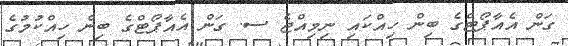
ގަން އެއާޕޯޓްގެ ބިން ހިއްކައި ނިމިއްޖެ ސ. ގަން އެއާޕޯޓްގެ ބިން ހިއްކުމުގެ